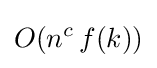
O(n^{c}\,f(k))